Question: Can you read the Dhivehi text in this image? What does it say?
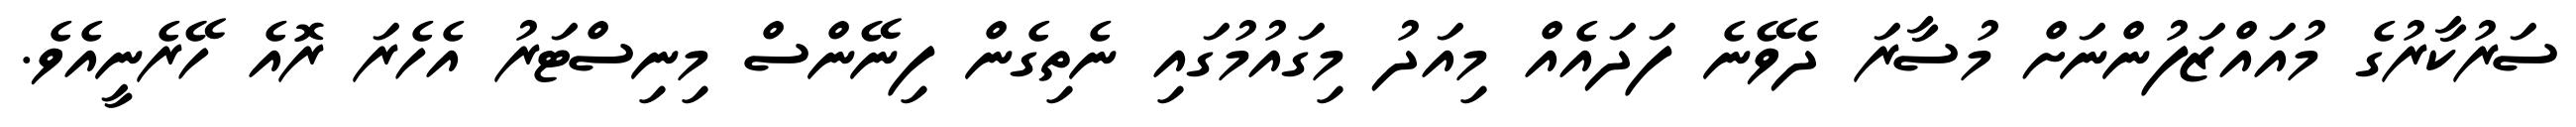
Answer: ސަރުކާރުގެ މުއައްޒަފުންނަށް މުސާރަ ދެވޭނެ ފަދައެއް މިއަދު މިގައުމުގައި ނެތިގެން ފިނޭންސް މިނިސްޓަރު އެހެރަ ރޮއެ ހޭރެނީއެވެ.